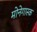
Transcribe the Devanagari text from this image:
मोनेगास्क